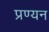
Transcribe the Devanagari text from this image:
प्रण्यन